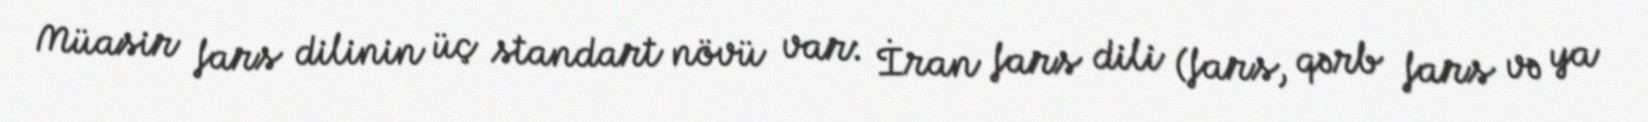
Müasir fars dilinin üç standart növü var: İran fars dili (fars, qərb fars və ya